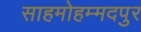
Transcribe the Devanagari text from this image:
साहमोहम्मदपुर